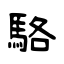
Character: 駱